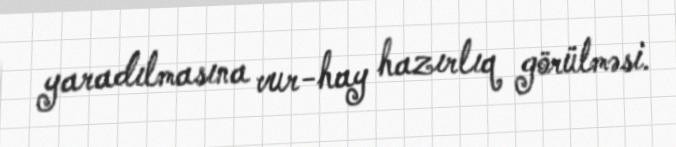
yaradılmasına vur-hay hazırlıq görülməsi.